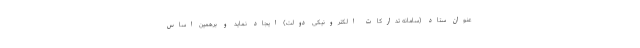
عنوان ستاد (سامانه تدارکات الکترونیکی دولت) ایجاد نماید و برهمین اساس